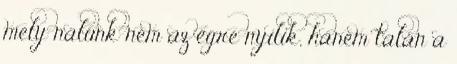
mely nálunk nem az égre nyílik, hanem talán a